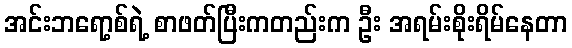
အင်းဘရော့စ်ရဲ့ စာဖတ်ပြီးကတည်းက ဦး အရမ်းစိုးရိမ်နေတာ